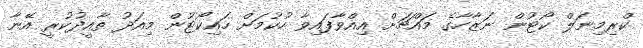
ކްރިމިނަލް ކޯޓުން ނަޒާހާގެ މައްޗަށް އިއްވާފައިވާ ހުކުމަށް ހައިކޯޓުން މިއަދު ތާއީދުކުރީ އޭނާ